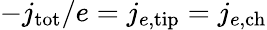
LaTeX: -j_{\mathrm{tot}}/e=j_{e,\mathrm{tip}}=j_{e,\mathrm{ch}}